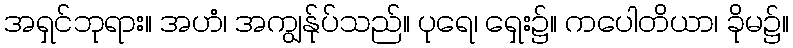
အရှင်ဘုရား။ အဟံ၊ အကျွန်ုပ်သည်။ ပုရေ၊ ရှေး၌။ ကပေါတိယာ၊ ခိုမ၌။